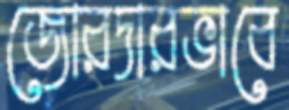
জোরদারভাবে